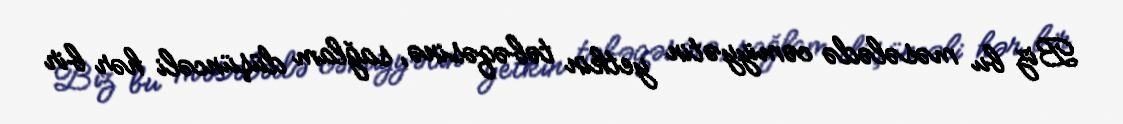
Biz bu məsələdə cəmiyyətin yetkin təbəqəsinə, sağlam düşüncəli hər bir